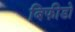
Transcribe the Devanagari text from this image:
बिफीडो